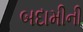
બદામીની